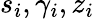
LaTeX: s_{i},\gamma_{i},z_{i}